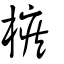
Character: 槉